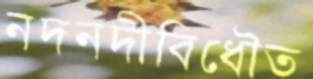
নদনদীবিধৌত